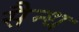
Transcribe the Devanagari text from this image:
सैन्ध